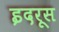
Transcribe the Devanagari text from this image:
इदरूस